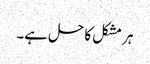
ہر مشکل کا حل ہے۔